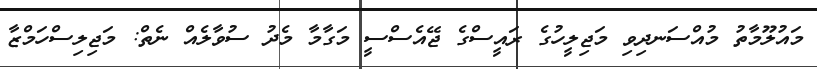
މައުލޫމާތު މުއްސަނދިވި މަޖިލީހުގެ ރައީސްގެ ޖޭއެސްސީ މަގާމާ މެދު ސުވާލެއް ނެތް: މަޖިލިސްހަމްޒާ